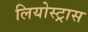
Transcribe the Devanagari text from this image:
लियोस्ट्रास